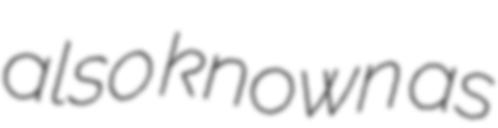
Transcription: also known as